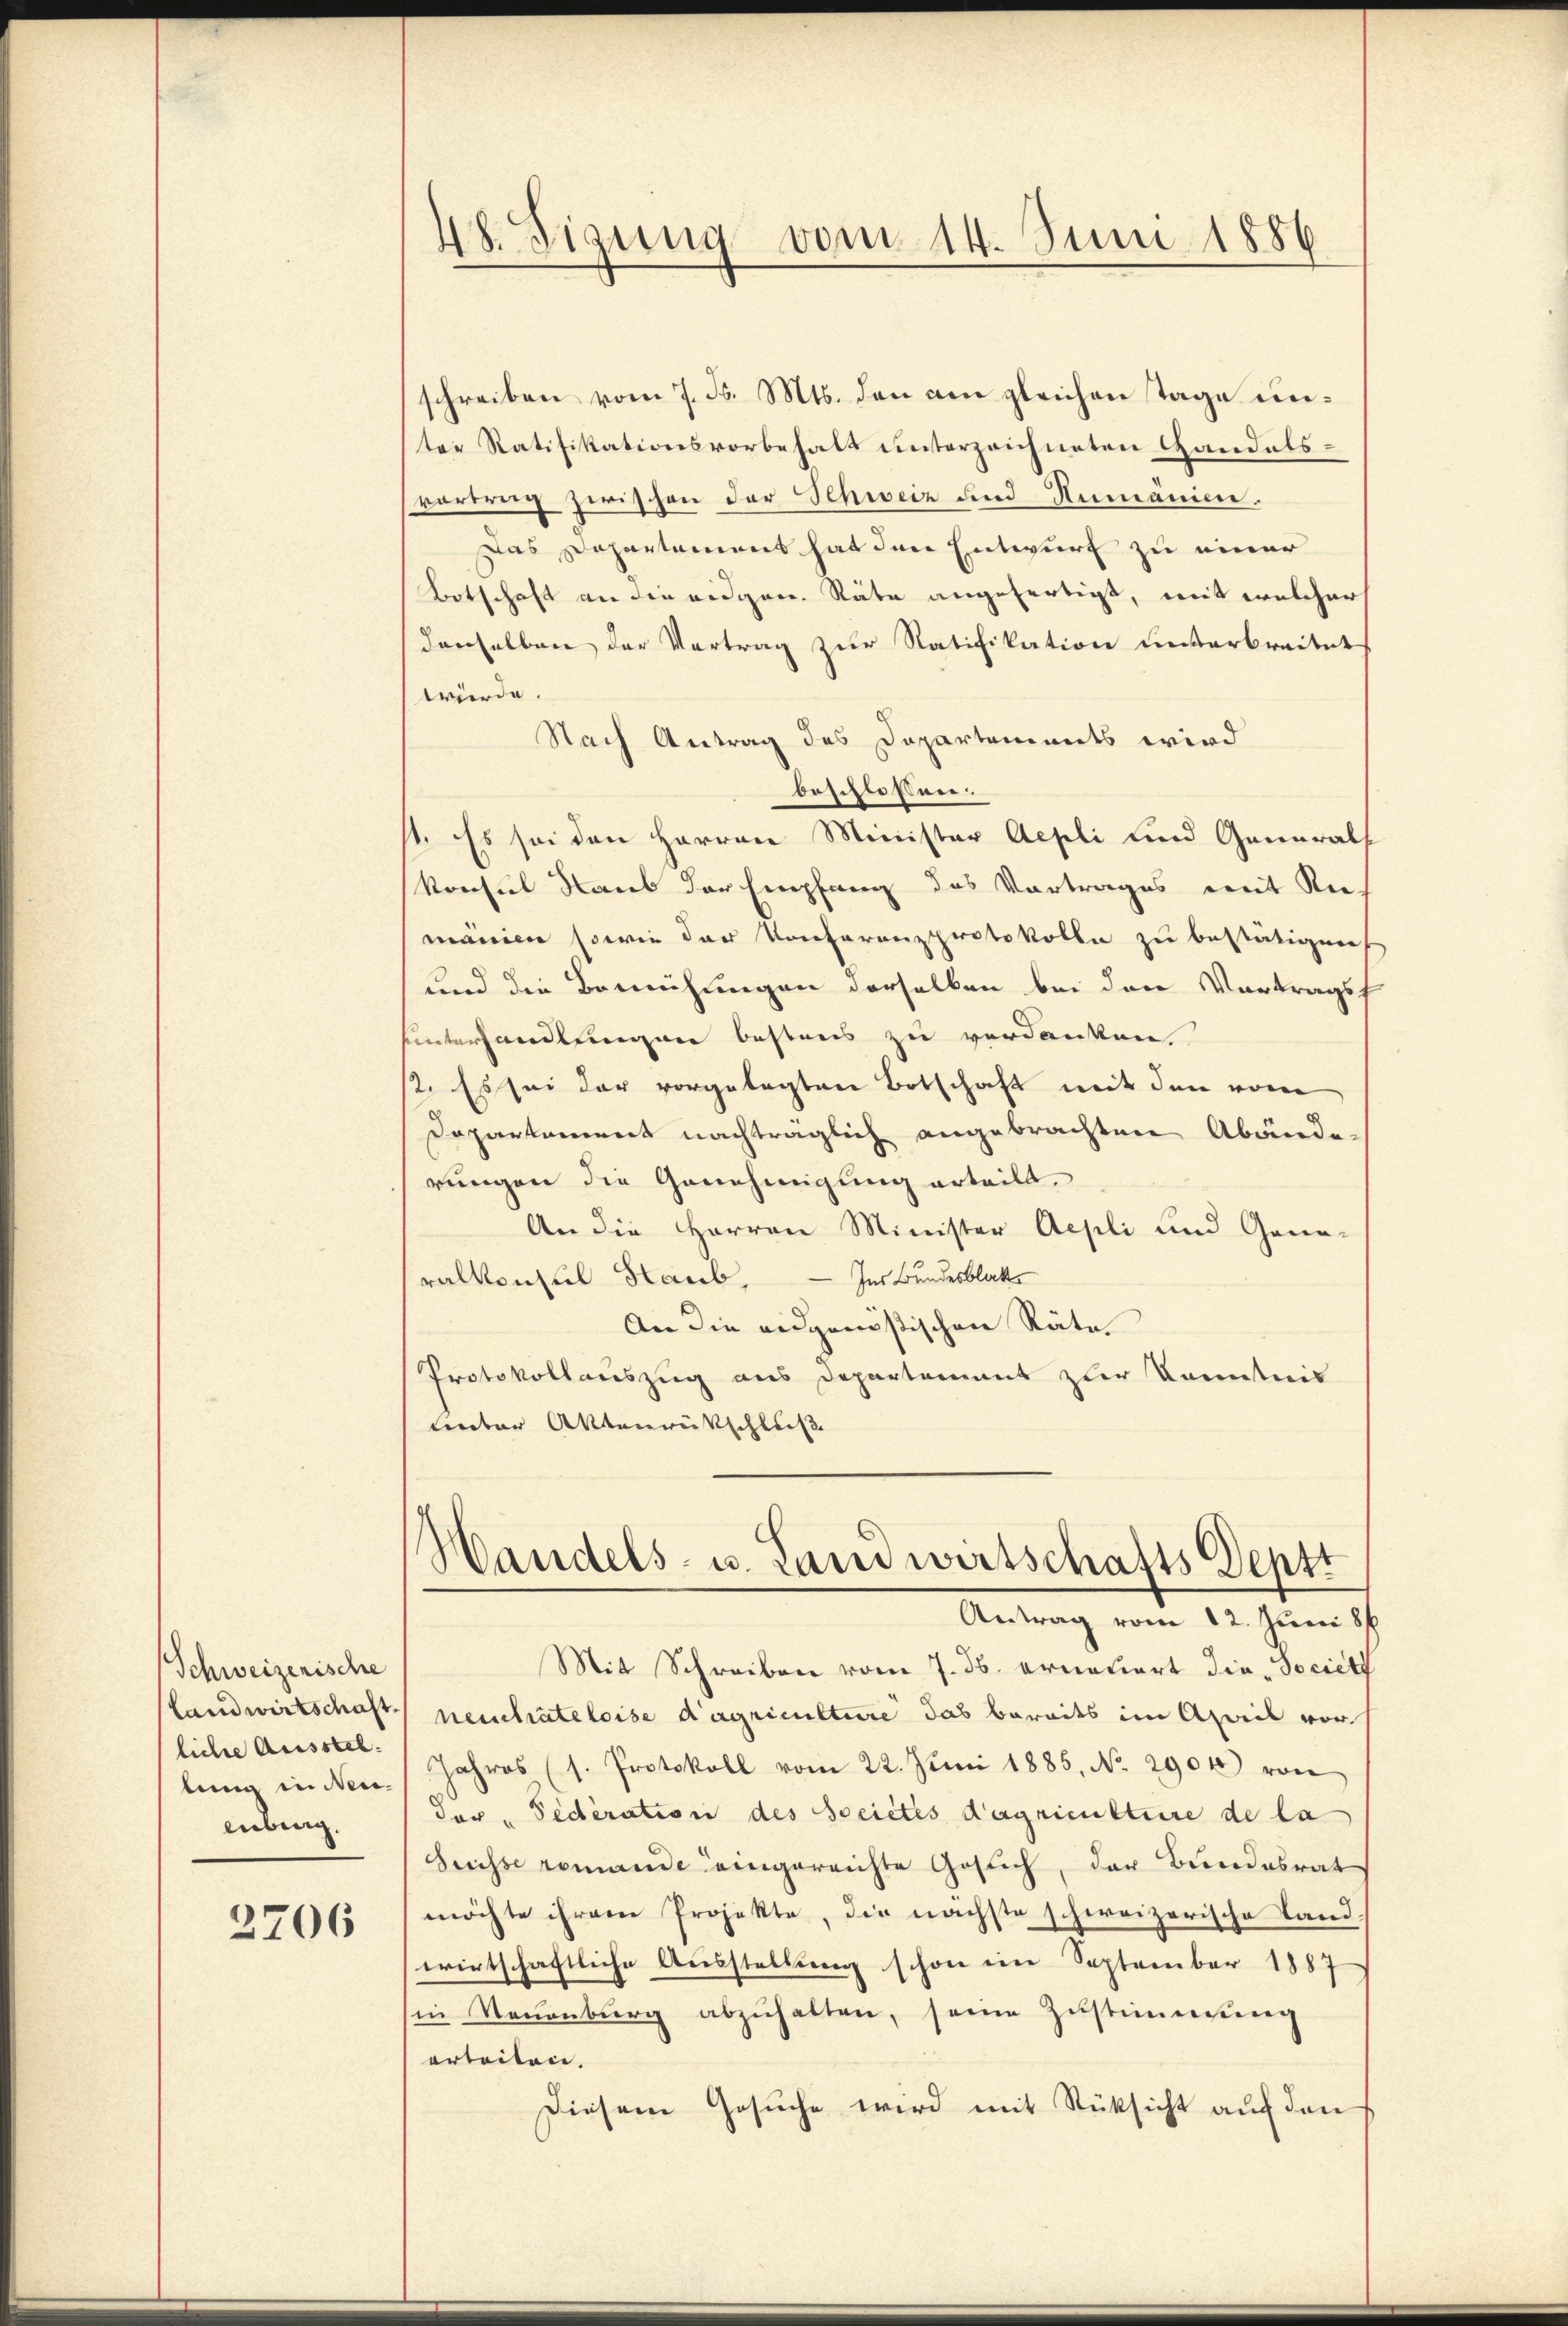
Schweizerische
Landwirtschaft
licher Ausstel.
lung in Neuenberg.

2706

48. Sigung vom 14. Juni 1886

schreiben vom 7. d. Mts. den am gleichen Tage unter Ratifikationsvorbehalt unterzeichneten Gandelsvortrag zwischen der Schweiz und Rumänien.
Das Departement hat den Entwurf zu einer
Botschaft an die eidgen. Räte angefertigt, mit welcher
denselben der Vertrag zur Ratifikation unterbreitet
würde.
Nach Antrag des Departements wird
beschlossen:
st. Es sei den Herren Minister Aepli und Generals
Konsul Raub der Empfang des Vortrages mit Re-
mänien sowie der Konferenzprotokolle zu bestätigen
und die Bemühungen derselben bei den Vortragsf
Unterhandlungen bestens zu verdanken
2. Es sei der vorgelegten Botschaft mit den vom
Dopartament nachträglich angebrachten Abänden
rungen die Genehmigung erteilt.
An die Herren Minister Aepli und Gene-
Ins Bundesblat
ralkonsul Haub.
An die eidgenößischen Räte.
Protokollauszug aus Departement zur Kenntnis
unter Aktenrückschluß
Handels- u. Landwirtschafts Deptt
Antrag vom 12. Juni 8
Mit Schreiben vom 7. d. erneuert die Societz
neutrateloise dagriculture das bereits im April vor
Jahres (s. Protokoll vom 22. Juni 1885, No. 2904) von
Jav, Federation des Societes dagriculture de la
Suisse remande eingereichte Gesuch, der Bundesrat
möchte ihrem Projekte, die nächste schweizerische Landwirtschaftliche Ausstellung schon im September 1887
in Neuenburg abzuhalten, seine Zustimmung
erteilen.
Diesem Gesuche wird mit Rüksicht auf den